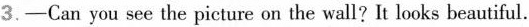
3.-Can you see the picture on the wall? It looks beautiful.